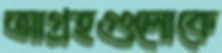
আগ্রহগুলোকে